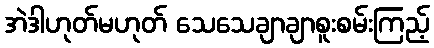
အဲဒါဟုတ်မဟုတ် သေသေချာချာစူးစမ်းကြည့်